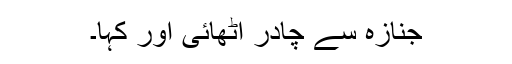
جنازہ سے چادر اٹھائی اور کہا۔